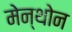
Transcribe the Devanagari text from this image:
मेन्थोन